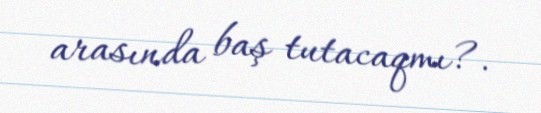
arasında baş tutacaqmı?.